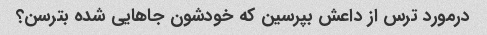
درمورد ترس از داعش بپرسین که خودشون جاهایی شده بترسن؟